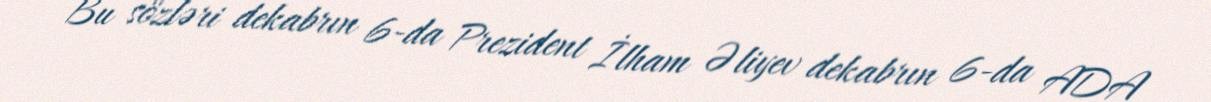
Bu sözləri dekabrın 6-da Prezident İlham Əliyev dekabrın 6-da ADA